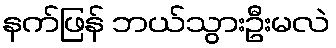
နက်ဖြန် ဘယ်သွားဦးမလဲ